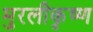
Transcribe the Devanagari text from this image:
मुरलीकृष्ण